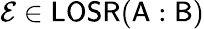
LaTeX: \mathcal{E}\in\mathsf{LOSR}(\mathsf{A}:\mathsf{B})